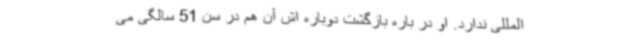
المللی ندارد. او در باره بازگشت دوباره اش آن هم در سن 51 سالگی می